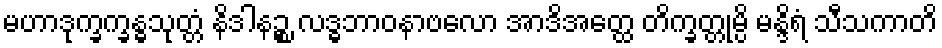
မဟာဒုက္ခက္ခန္ဓသုတ္တံ နိဒါနဉ္စ လဒ္ဓဘာဝနာဗလော အာဒိအတ္ထေ တိက္ခတ္တုမ္ပိ မန္ဒိရံ သီသကာတိ